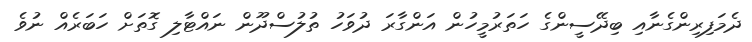
ދެމަފިރިންގެނާއި ބިދޭސީންގެ ހަތަރުމީހުން އަންގާރަ ދުވަހު ތުލުސްދޫން ނައްޓާލި ގޮތަށް ހަބަރެއް ނުވެ